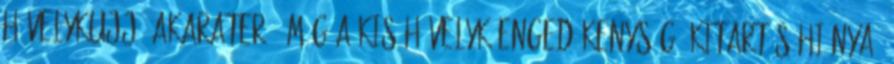
hüvelykujj, akaraterő, míg a kis hüvelyk engedékenység, kitartás hiánya,